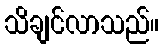
သိချင်လာသည်။